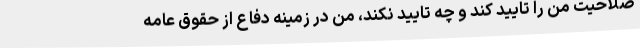
صلاحیت من را تایید کند و چه تایید نکند، من در زمینه دفاع از حقوق عامه